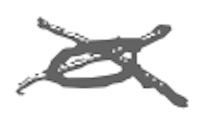
Text: a
Cross-out: cross
Writing tool: digital_gray